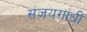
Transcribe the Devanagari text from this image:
संजयगांधी